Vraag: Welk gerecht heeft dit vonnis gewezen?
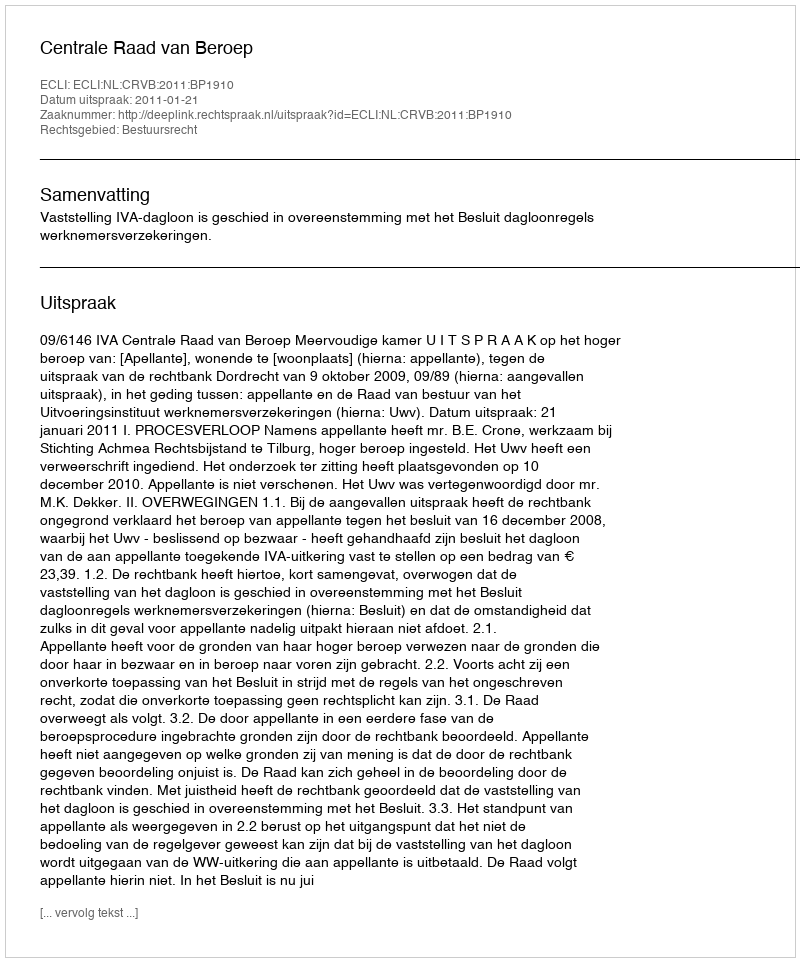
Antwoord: Centrale Raad van Beroep